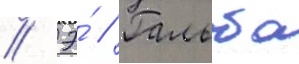
// Э́ // Гальба